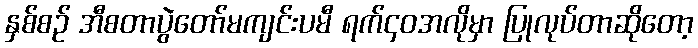
နှစ်စဉ် အီစတာပွဲတော်မကျင်းပမီ ရက်၄၀အလိုမှာ ပြုလုပ်တာဆိုတော့